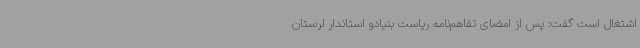
اشتغال است گفت: پس از امضای تفاهم‌نامه ریاست بنیادو استاندار لرستان